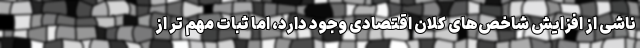
ناشی از افزایش شاخص‌های کلان اقتصادی وجود دارد، اما ثبات مهم تر از